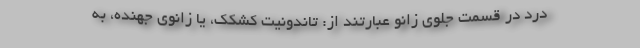
درد در قسمت جلوی زانو عبارتند از: تاندونیت کشکک، یا زانوی جهنده، به